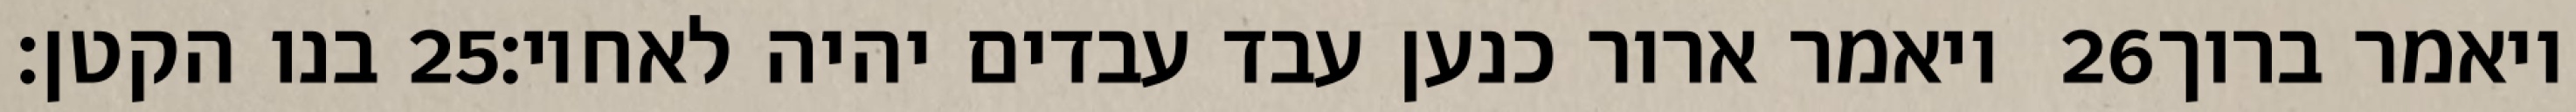
בנו הקטן׃ ‎25‏ ויאמר ארור כנען עבד עבדים יהיה לאחיו׃ ‎26‏ ויאמר ברוך